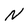
Character: N